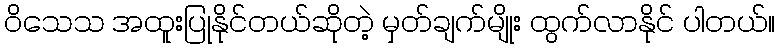
ဝိသေသ အထူးပြုနိုင်တယ်ဆိုတဲ့ မှတ်ချက်မျိုး ထွက်လာနိုင် ပါတယ်။